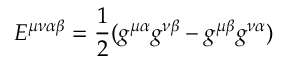
E ^ { \mu \nu \alpha \beta } = \frac { 1 } { 2 } ( g ^ { \mu \alpha } g ^ { \nu \beta } - g ^ { \mu \beta } g ^ { \nu \alpha } )